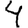
Digit: 4